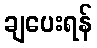
ချပေးရန်